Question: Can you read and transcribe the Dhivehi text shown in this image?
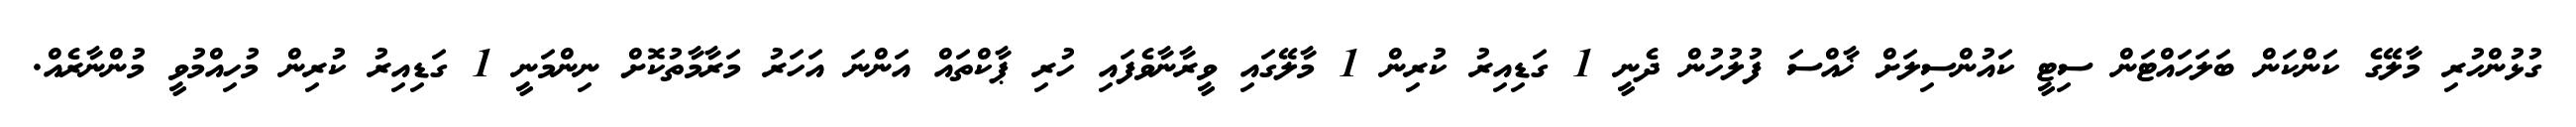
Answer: ގުޅުންހުރި މާލޭގެ ކަންކަން ބަލަހައްޓަން ސިޓީ ކައުންސިލަށް ޚާއްސަ ފުލުހުން ދެނީ 1 ގަޑިއިރު ކުރިން 1 މާލޭގައި ވީރާނާވެފައި ހުރި ޕާކްތައް އަންނަ އަހަރު މަރާމާތުކޮށް ނިންމަނީ 1 ގަޑިއިރު ކުރިން މުހިއްމުވީ މުންނާރެއް.